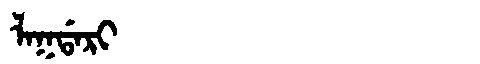
Manchu: ᠯᠠᡴᡩᠠᡵᡳ
Romanization: LAKDARI